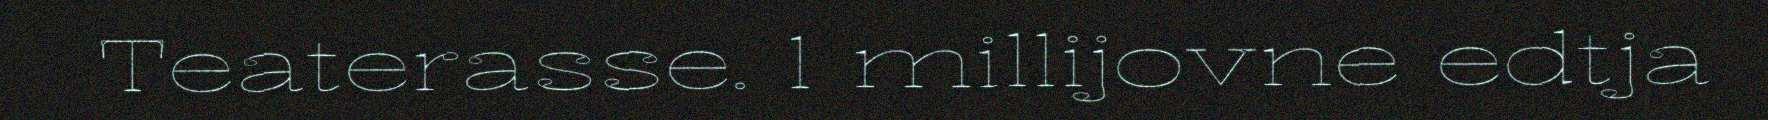
Teaterasse. 1 millijovne edtja